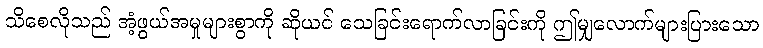
သိစေလိုသည် အံ့ဖွယ်အမှုများစွာကို ဆိုယင် သေခြင်းရောက်လာခြင်းကို ဤမျှလောက်များပြားသော